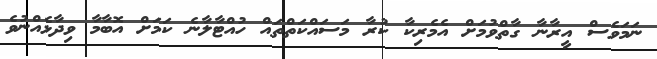
ނަމަވެސް އީރާނާ ގާތްވުމަށް އެމެރިކާ ކުރާ މަސައްކަތްތައް ހުއްޓާލާނެ ކަމަށް އޮބާމާ ވިދާޅެއްނުވެ